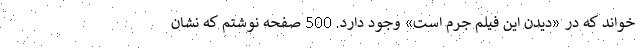
خواند که در «دیدن این فیلم جرم است» وجود دارد. 500 صفحه نوشتم که نشان